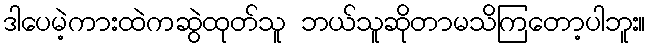
ဒါပေမဲ့ကားထဲကဆွဲထုတ်သူ ဘယ်သူဆိုတာမသိကြတော့ပါဘူး။